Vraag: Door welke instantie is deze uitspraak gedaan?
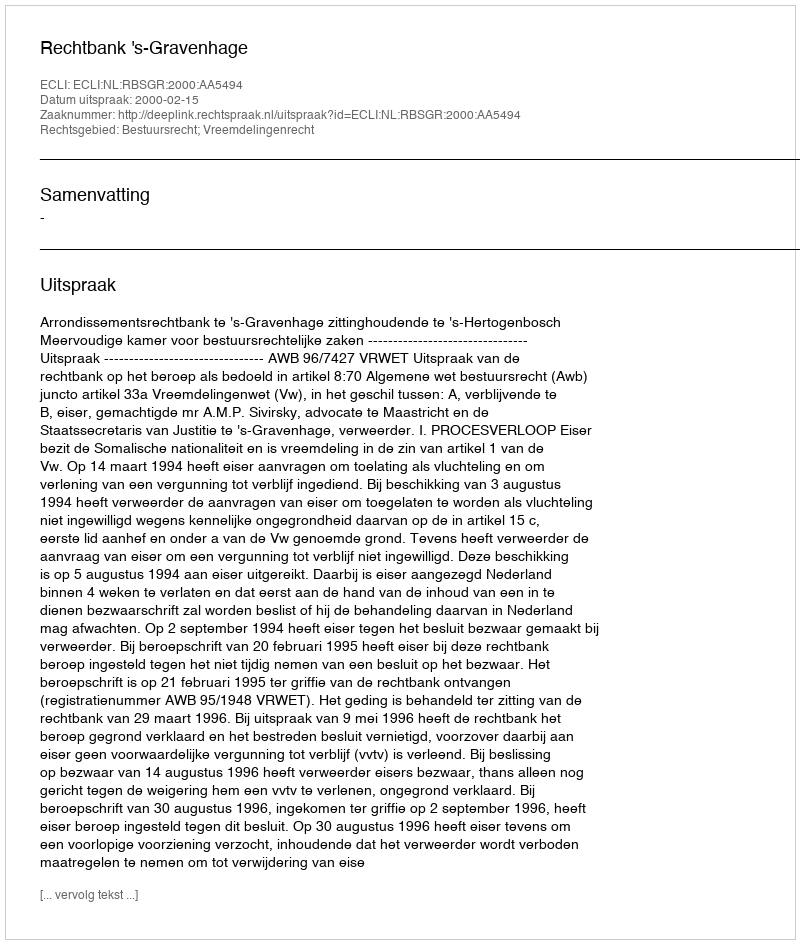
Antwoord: Rechtbank 's-Gravenhage